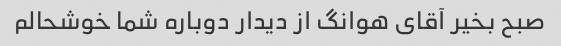
صبح بخیر آقای هوانگ از دیدار دوباره شما خوشحالم